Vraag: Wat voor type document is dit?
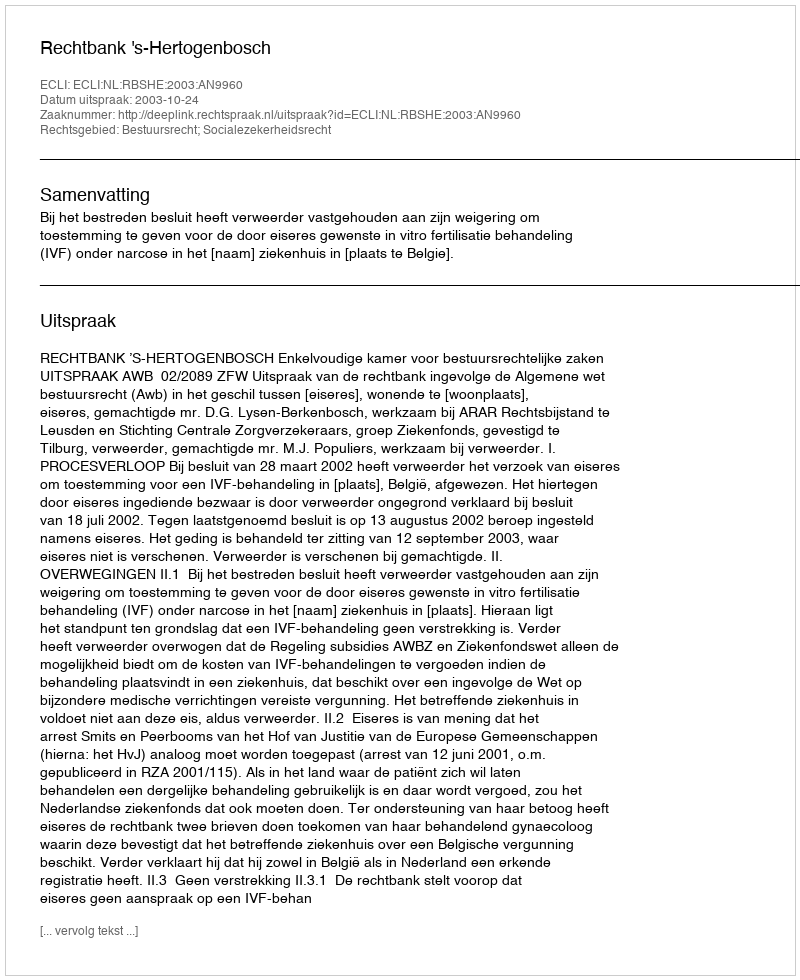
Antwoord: Uitspraak